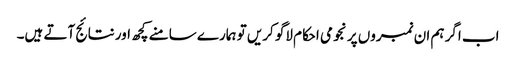
اب اگر ہم ان نمبروں پر نجومی احکام لاگو کریں تو ہمارے سامنے کچھ اور نتائج آتے ہیں۔